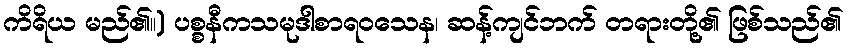
ကိရိယ မည်၏။) ပစ္စနီကသမုဒါစာရဝသေန၊ ဆန့်ကျင်ဘက် တရားတို့၏ ဖြစ်သည်၏